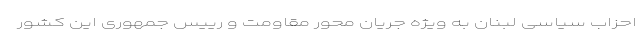
احزاب سیاسی لبنان به ویژه جریان محور مقاومت و رییس جمهوری این کشور